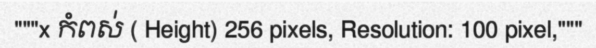
"""x កំពស់ ( Height) 256 pixels, Resolution: 100 pixel,"""